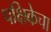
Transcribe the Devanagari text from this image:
पक्षिकेचा